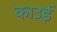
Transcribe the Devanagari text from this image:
काउई